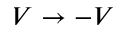
V \rightarrow - V